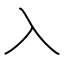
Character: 入